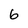
Character: 6